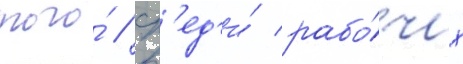
того́ / ср'ед'и́ рабо́чих